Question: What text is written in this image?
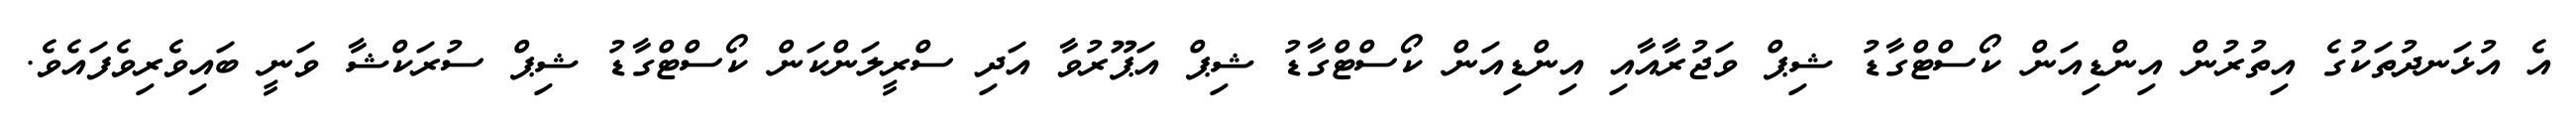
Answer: އެ އުޅަނދުތަކުގެ އިތުރުން އިންޑިއަން ކޯސްޓްގާޑު ޝިޕް ވަޖުރާއާއި އިންޑިއަން ކޯސްޓްގާޑު ޝިޕް އަޕޫރުވާ އަދި ސްރީލަންކަން ކޯސްޓްގާޑު ޝިޕް ސުރަކްޝާ ވަނީ ބައިވެރިވެފައެވެ.